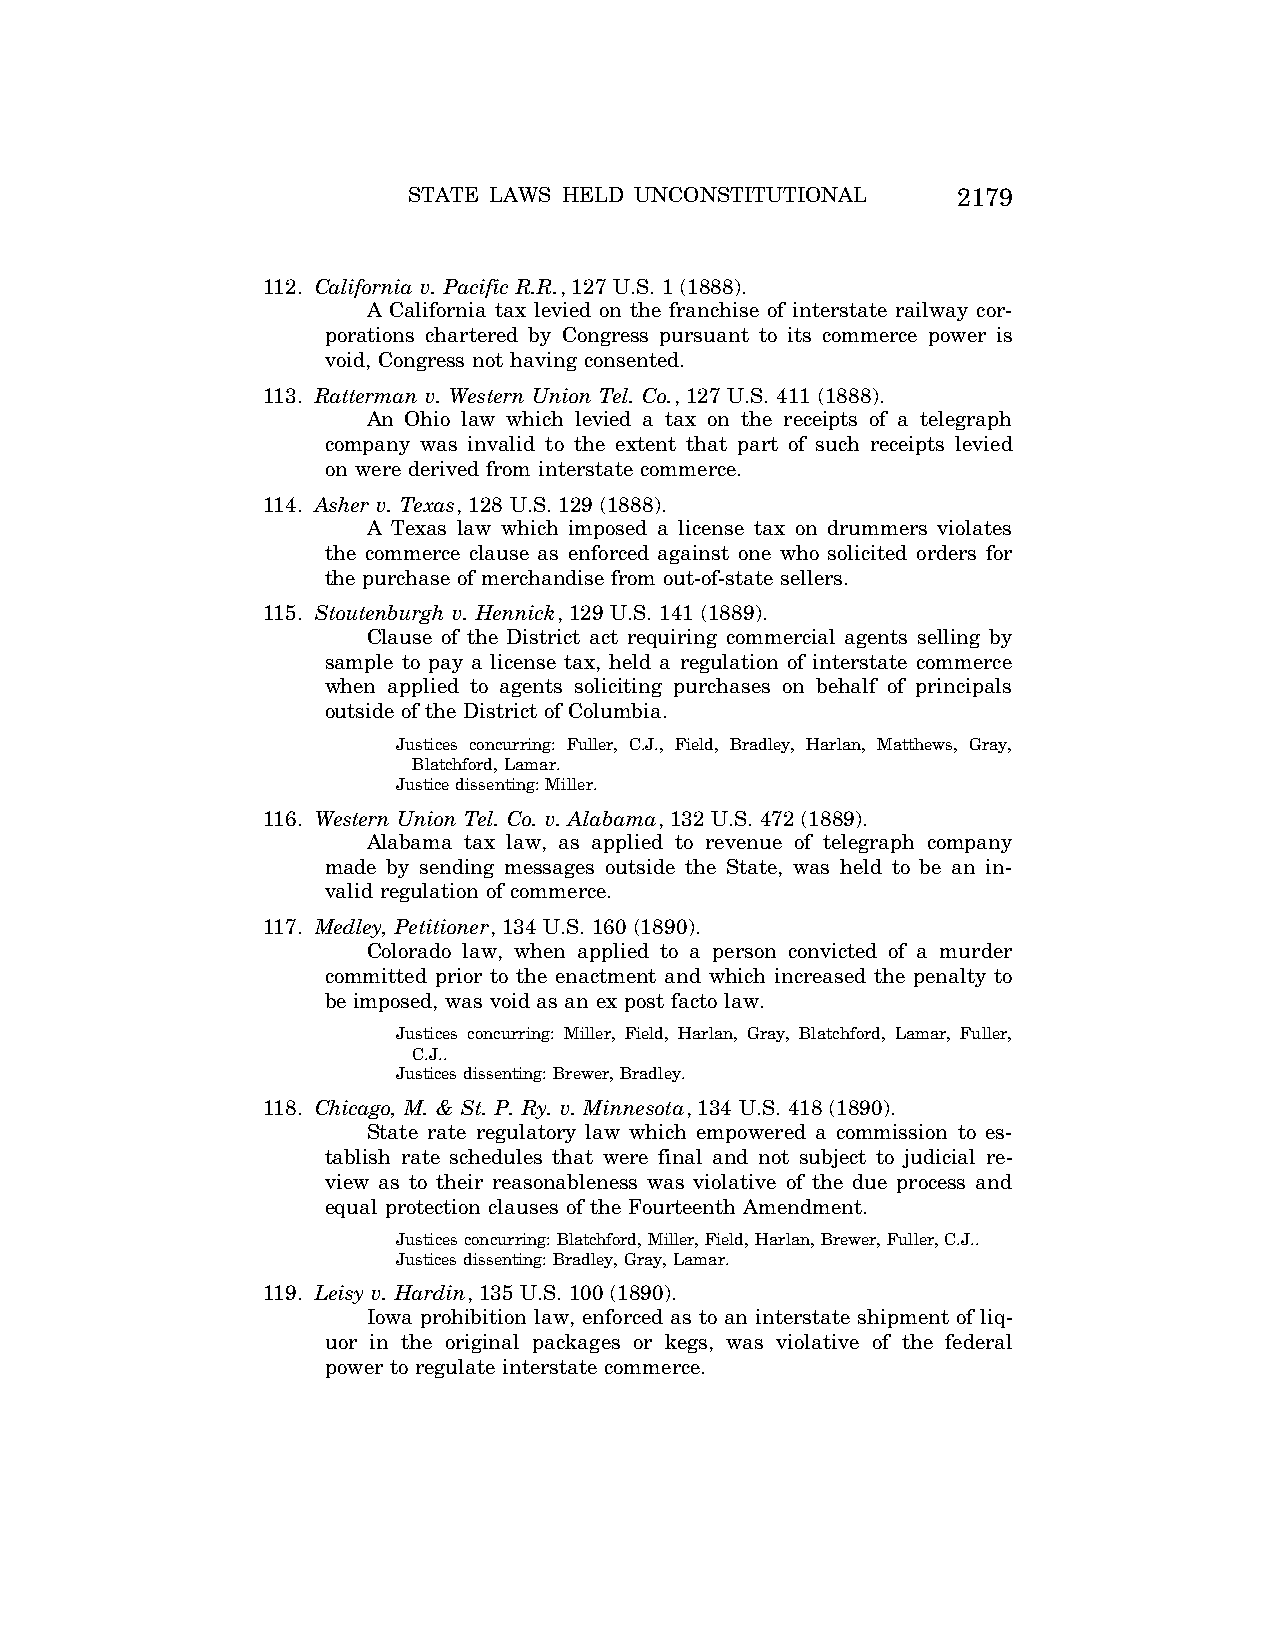
STATE LAWS HELD UNCONSTITUTIONAL    2179
 112. California v. Pacific R.R., 127 U.S. 1 (1888).
 A California tax levied on the franchise of interstate railway cor-
 porations chartered by Congress pursuant to its commerce power is
 void, Congress not having consented.
 113. Ratterman v. Western Union Tel. Co., 127 U.S. 411 (1888).
 An Ohio law which levied a tax on the receipts of a telegraph
 company was invalid to the extent that part of such receipts levied
 on were derived from interstate commerce.
 114. Asher v. Texas, 128 U.S. 129 (1888).
 A Texas law which imposed a license tax on drummers violates
 the commerce clause as enforced against one who solicited orders for
 the purchase of merchandise from out-of-state sellers.
 115. Stoutenburgh v. Hennick, 129 U.S. 141 (1889).
 Clause of the District act requiring commercial agents selling by
 sample to pay a license tax, held a regulation of interstate commerce
 when applied to agents soliciting purchases on behalf of principals
 outside of the District of Columbia.
 Justices concurring: Fuller, C.J., Field, Bradley, Harlan, Matthews, Gray,
 Blatchford, Lamar.
 Justice dissenting: Miller.
 116. Western Union Tel. Co. v. Alabama, 132 U.S. 472 (1889).
 Alabama tax law, as applied to revenue of telegraph company
 made by sending messages outside the State, was held to be an in-
 valid regulation of commerce.
 117. Medley, Petitioner, 134 U.S. 160 (1890).
 Colorado law, when applied to a person convicted of a murder
 committed prior to the enactment and which increased the penalty to
 be imposed, was void as an ex post facto law.
 Justices concurring: Miller, Field, Harlan, Gray, Blatchford, Lamar, Fuller,
 C.J..
 Justices dissenting: Brewer, Bradley.
 118. Chicago, M. & St. P. Ry. v. Minnesota, 134 U.S. 418 (1890).
 State rate regulatory law which empowered a commission to es-
 tablish rate schedules that were final and not subject to judicial re-
 view as to their reasonableness was violative of the due process and
 equal protection clauses of the Fourteenth Amendment.
 Justices concurring: Blatchford, Miller, Field, Harlan, Brewer, Fuller, C.J..
 Justices dissenting: Bradley, Gray, Lamar.
 119. Leisy v. Hardin, 135 U.S. 100 (1890).
 Iowa prohibition law, enforced as to an interstate shipment of liq-
 uor in the original packages or kegs, was violative of the federal
 power to regulate interstate commerce.
 VerDate Aug<04>2004 12:57 Aug 23, 2004 Jkt 077500 PO 00000 Frm 00019 Fmt 8222 Sfmt 8222 C:\CONAN\CON064.SGM PRFM99 PsN: CON064